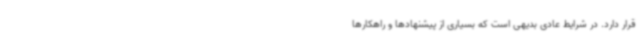
قرار دارد. در شرایط عادی بدیهی است که بسیاری از پیشنهادها و راهکارها